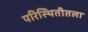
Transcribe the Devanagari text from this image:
परिस्थितीतला